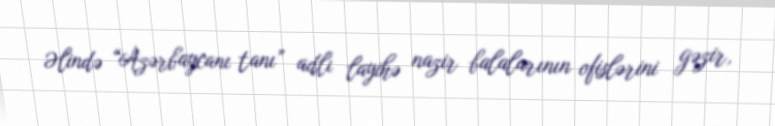
Əlində “Azərbaycanı tanı” adlı layihə nazir balalarının ofislərini gəzir,